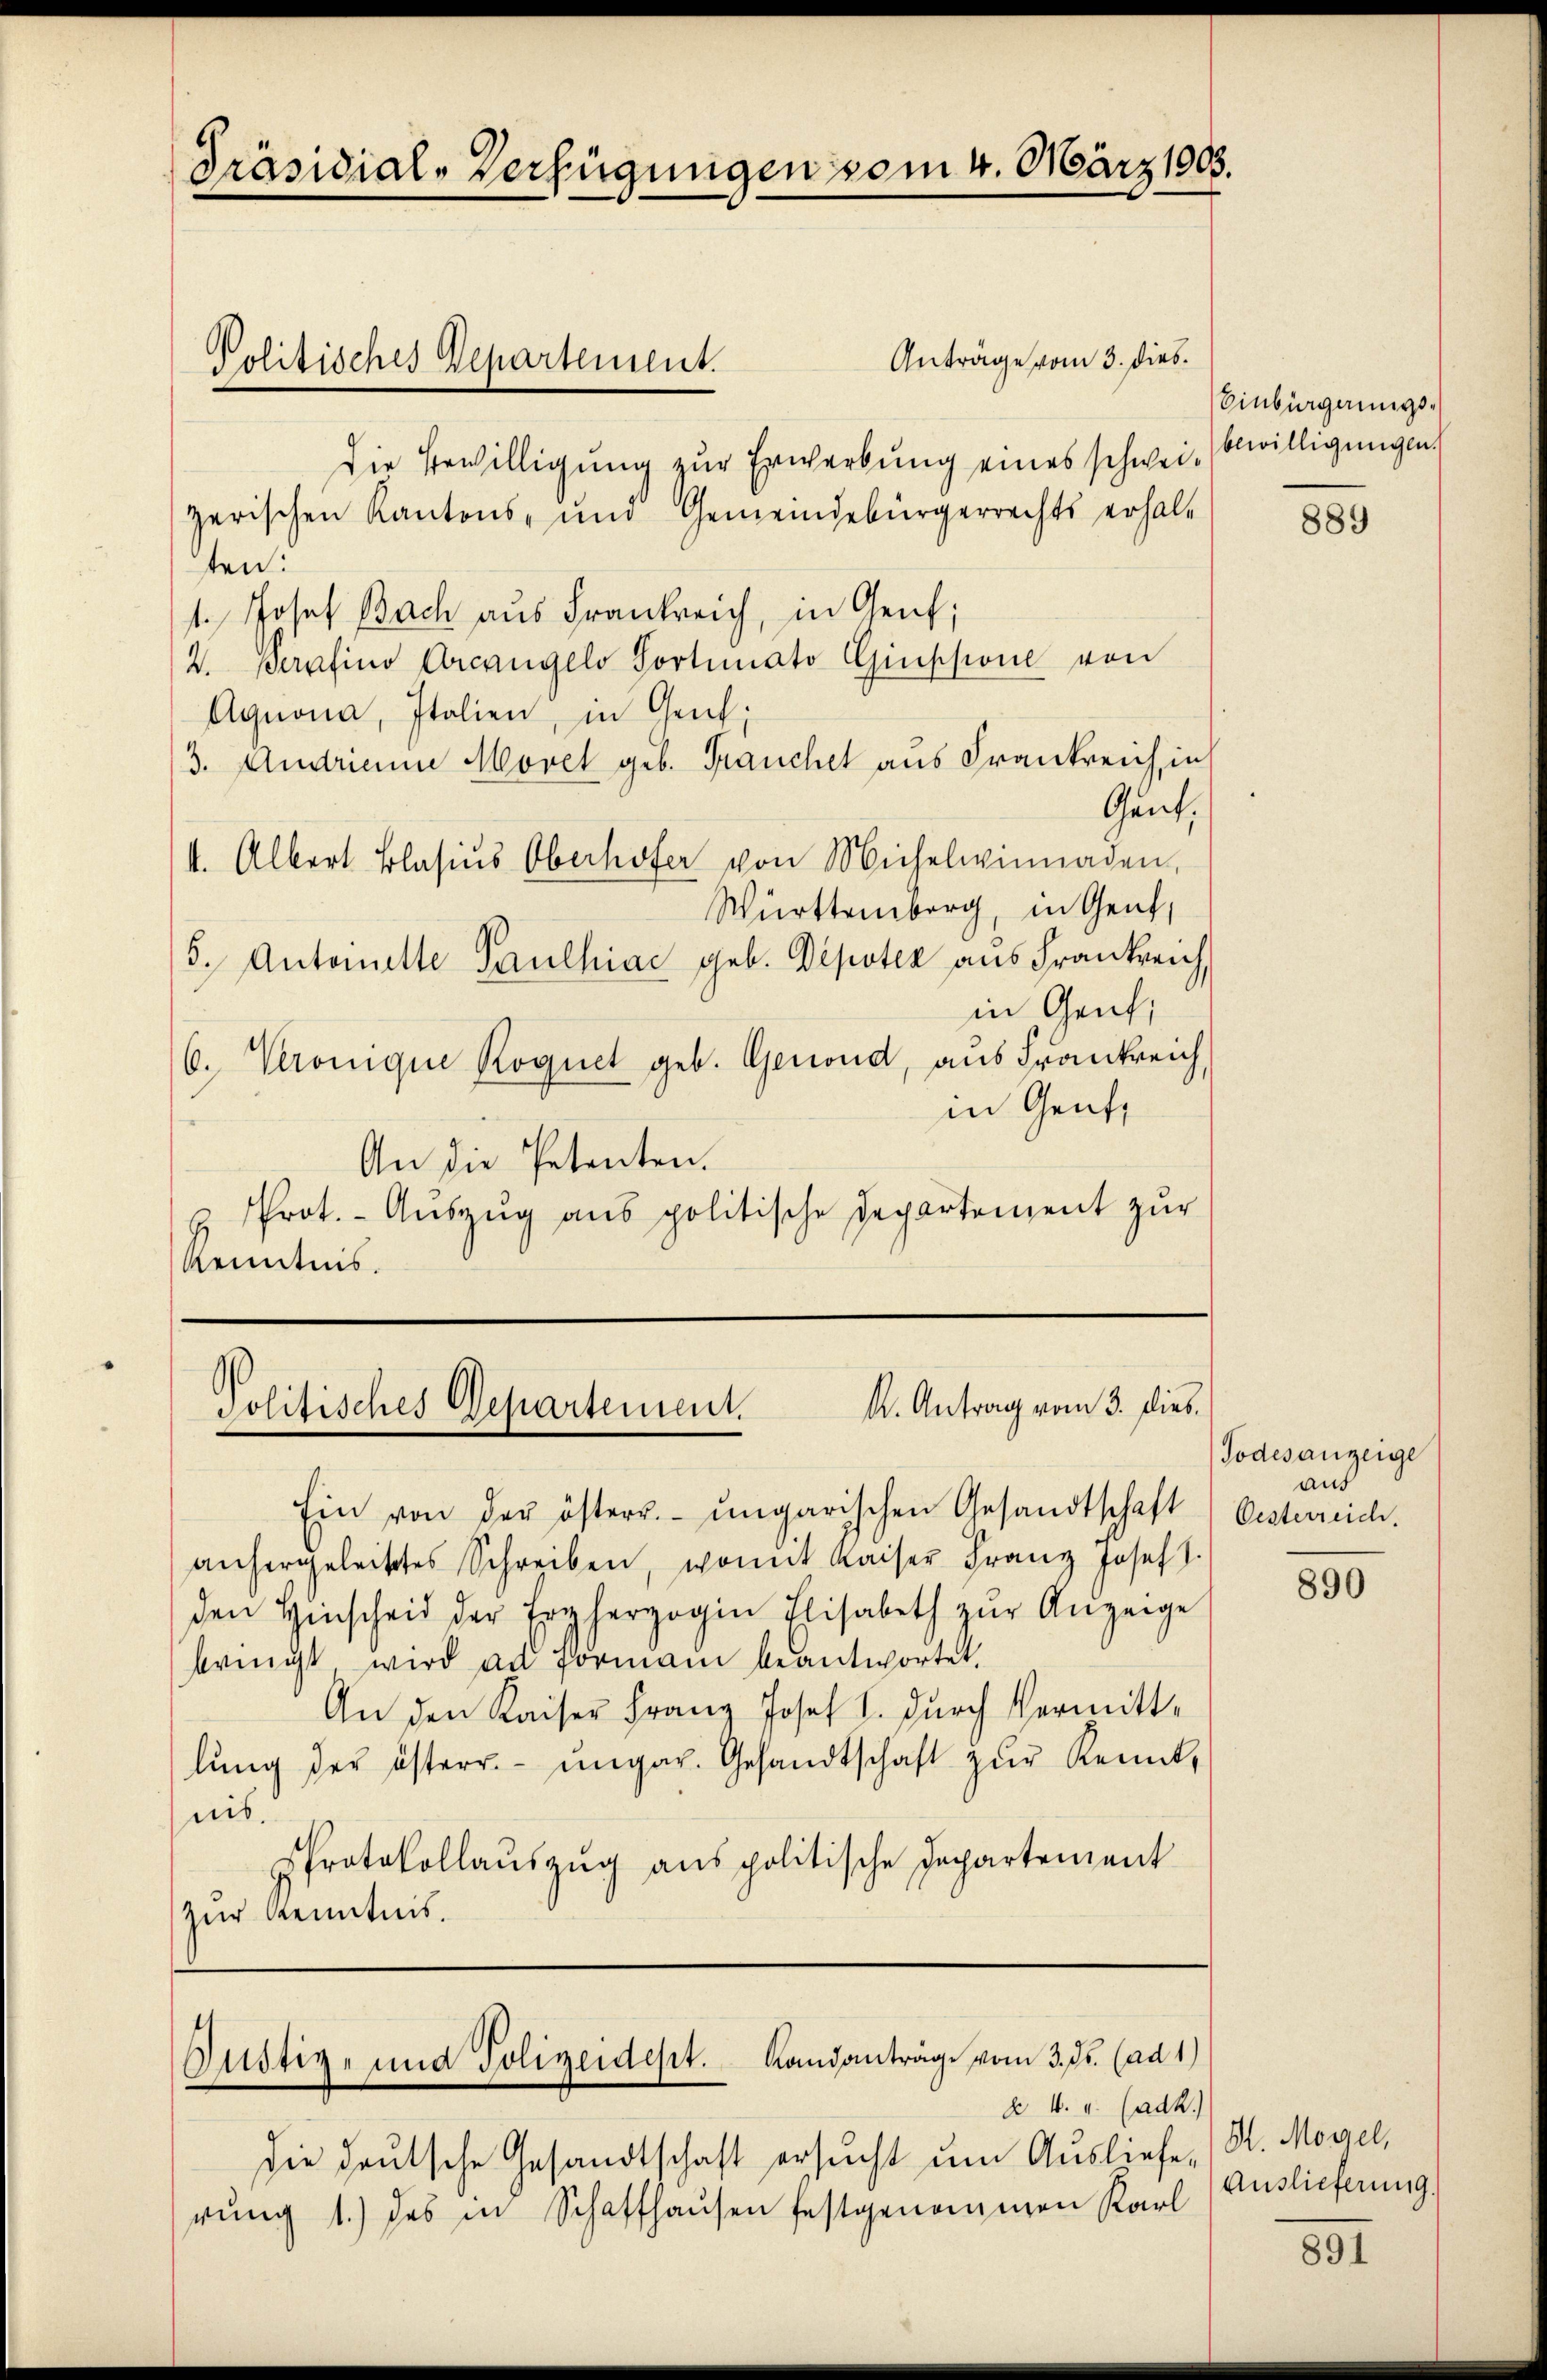
Präsidial-Verfügungen vom 4. März 1905.

Anträge vom 3. dies
Die Bewilligung zur Erwerbung eines schweiz bewilligungen
zerischen Kantons- und Gemeindebürgerrechts erhal-
ten:
1. Josef Bach aus Frankreich, in Genf;
2. Berafino Arcangelo Portimato Giussone von
Aguona, Italien, in Geich.
3. Andriame Movet geb. Frauchet aus Frankreich, in
Gent,
4. Albert Blasius Oberhofer von Michelwinnaden,
Württemberg, in Genf,
5. Antonette Paulhiae geb. Depoter aus Frankreich,
in Genf,
6. Veronique Roguet geb. Genoud, aus Frankreich,
in Gent,
An die Petenten.
u Prot. - Auszug aus politische Departement zur
Kenntnis.

Ein von der österr. ungarischen Gesandtschaft Oesterreich.
anhergeleistes Schreiben, womit Kaiser Franz Josef I.
den Hinscheid der Erzherzogin Elisabeth zŭr Anzeige
bringt wird ad Formani beantwortet.
An den Kaiser Franz Josef I. durch Vermittlŭng der österr. ungar. Gesandtschaft zŭr Kennt,
nis.
Protokollauszug aus politische Departement
zur Kenntnis.

Politisches Departement.

k. Antrag vom 3. Dieb.
Politisches Departement.

Justiz- und Polizeidept. Randanträge vom 3. Js. (ad 1)
à 4. v. Cadk.)

die deutsche Gesandtschaft ersucht um Ausliefe (St. Mogel,
rŭng 1.) des in Schaffhausen festgenommen Karl

Einbürgerungs¬

889

Todesanzeige
aus

890

Auslieferung.

891